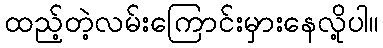
ထည့်တဲ့လမ်းကြောင်းမှားနေလို့ပါ။